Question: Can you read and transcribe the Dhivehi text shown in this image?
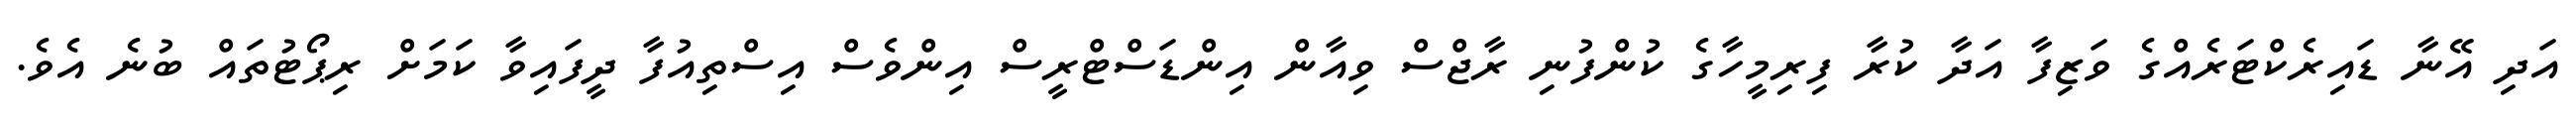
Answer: އަދި އޭނާ ޑައިރެކްޓަރެއްގެ ވަޒިފާ އަދާ ކުރާ ފިރިމީހާގެ ކުންފުނި ރާޖްސް ވިއާން އިންޑަސްޓްރީސް އިންވެސް އިސްތިއުފާ ދީފައިވާ ކަމަށް ރިޕޯޓުތައް ބުނެ އެވެ.